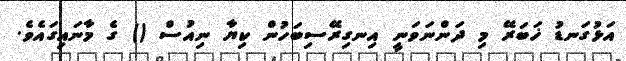
އަޅުގަނޑު ޚަބަރޭ މި ދަންނަވަނީ އިނގިރޭސިބަހުން ކިޔާ ނިއުސް () ގެ މާނައިގައެވެ.